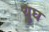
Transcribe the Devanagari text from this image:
युघ